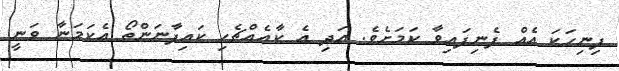
ފިނިހަކަ އެއް ފެނިފައިވާ ކަމަށެވެ. އަދި އެ ކާއެއްޗެހި ކައިފާނަންތޯ އެކަމަނާ ވަނީ